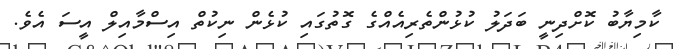
ކާމިޔާބު ކޮށްދިނީ ބަދަލު ކުޅުންތެރިއެއްގެ ގޮތުގައި ކުޅެން ނިކުތް އިސްމާއިލް އީސަ އެވެ.